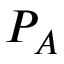
P _ { A }